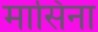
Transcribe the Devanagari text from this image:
मासिना